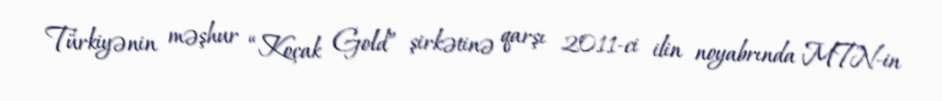
Türkiyənin məşhur “Koçak Gold” şirkətinə qarşı 2011-ci ilin noyabrında MTN-in